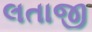
લતાજી